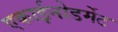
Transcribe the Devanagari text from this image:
एकाईनोडर्मेट